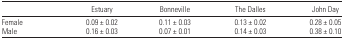
|  | Estuary | Bonneville | The Dalles | John Day |
 | --- | --- | --- | --- | --- |
 | Female | 0.09 ± 0.02 | 0.11 ± 0.03 | 0.13 ± 0.02 | 0.28 ± 0.05 |
 | Male | 0.16 ± 0.03 | 0.07 ± 0.01 | 0.14 ± 0.03 | 0.38 ± 0.10 |